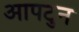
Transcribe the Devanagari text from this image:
आपटुन